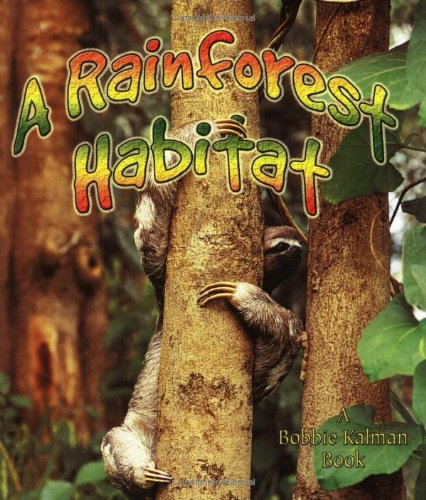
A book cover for A Rainforest Habitat (Paperback) (Introducing Habitats); Molly Aloian; Children's Books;